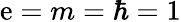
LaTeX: \mathrm{e}=m=\hbar=1